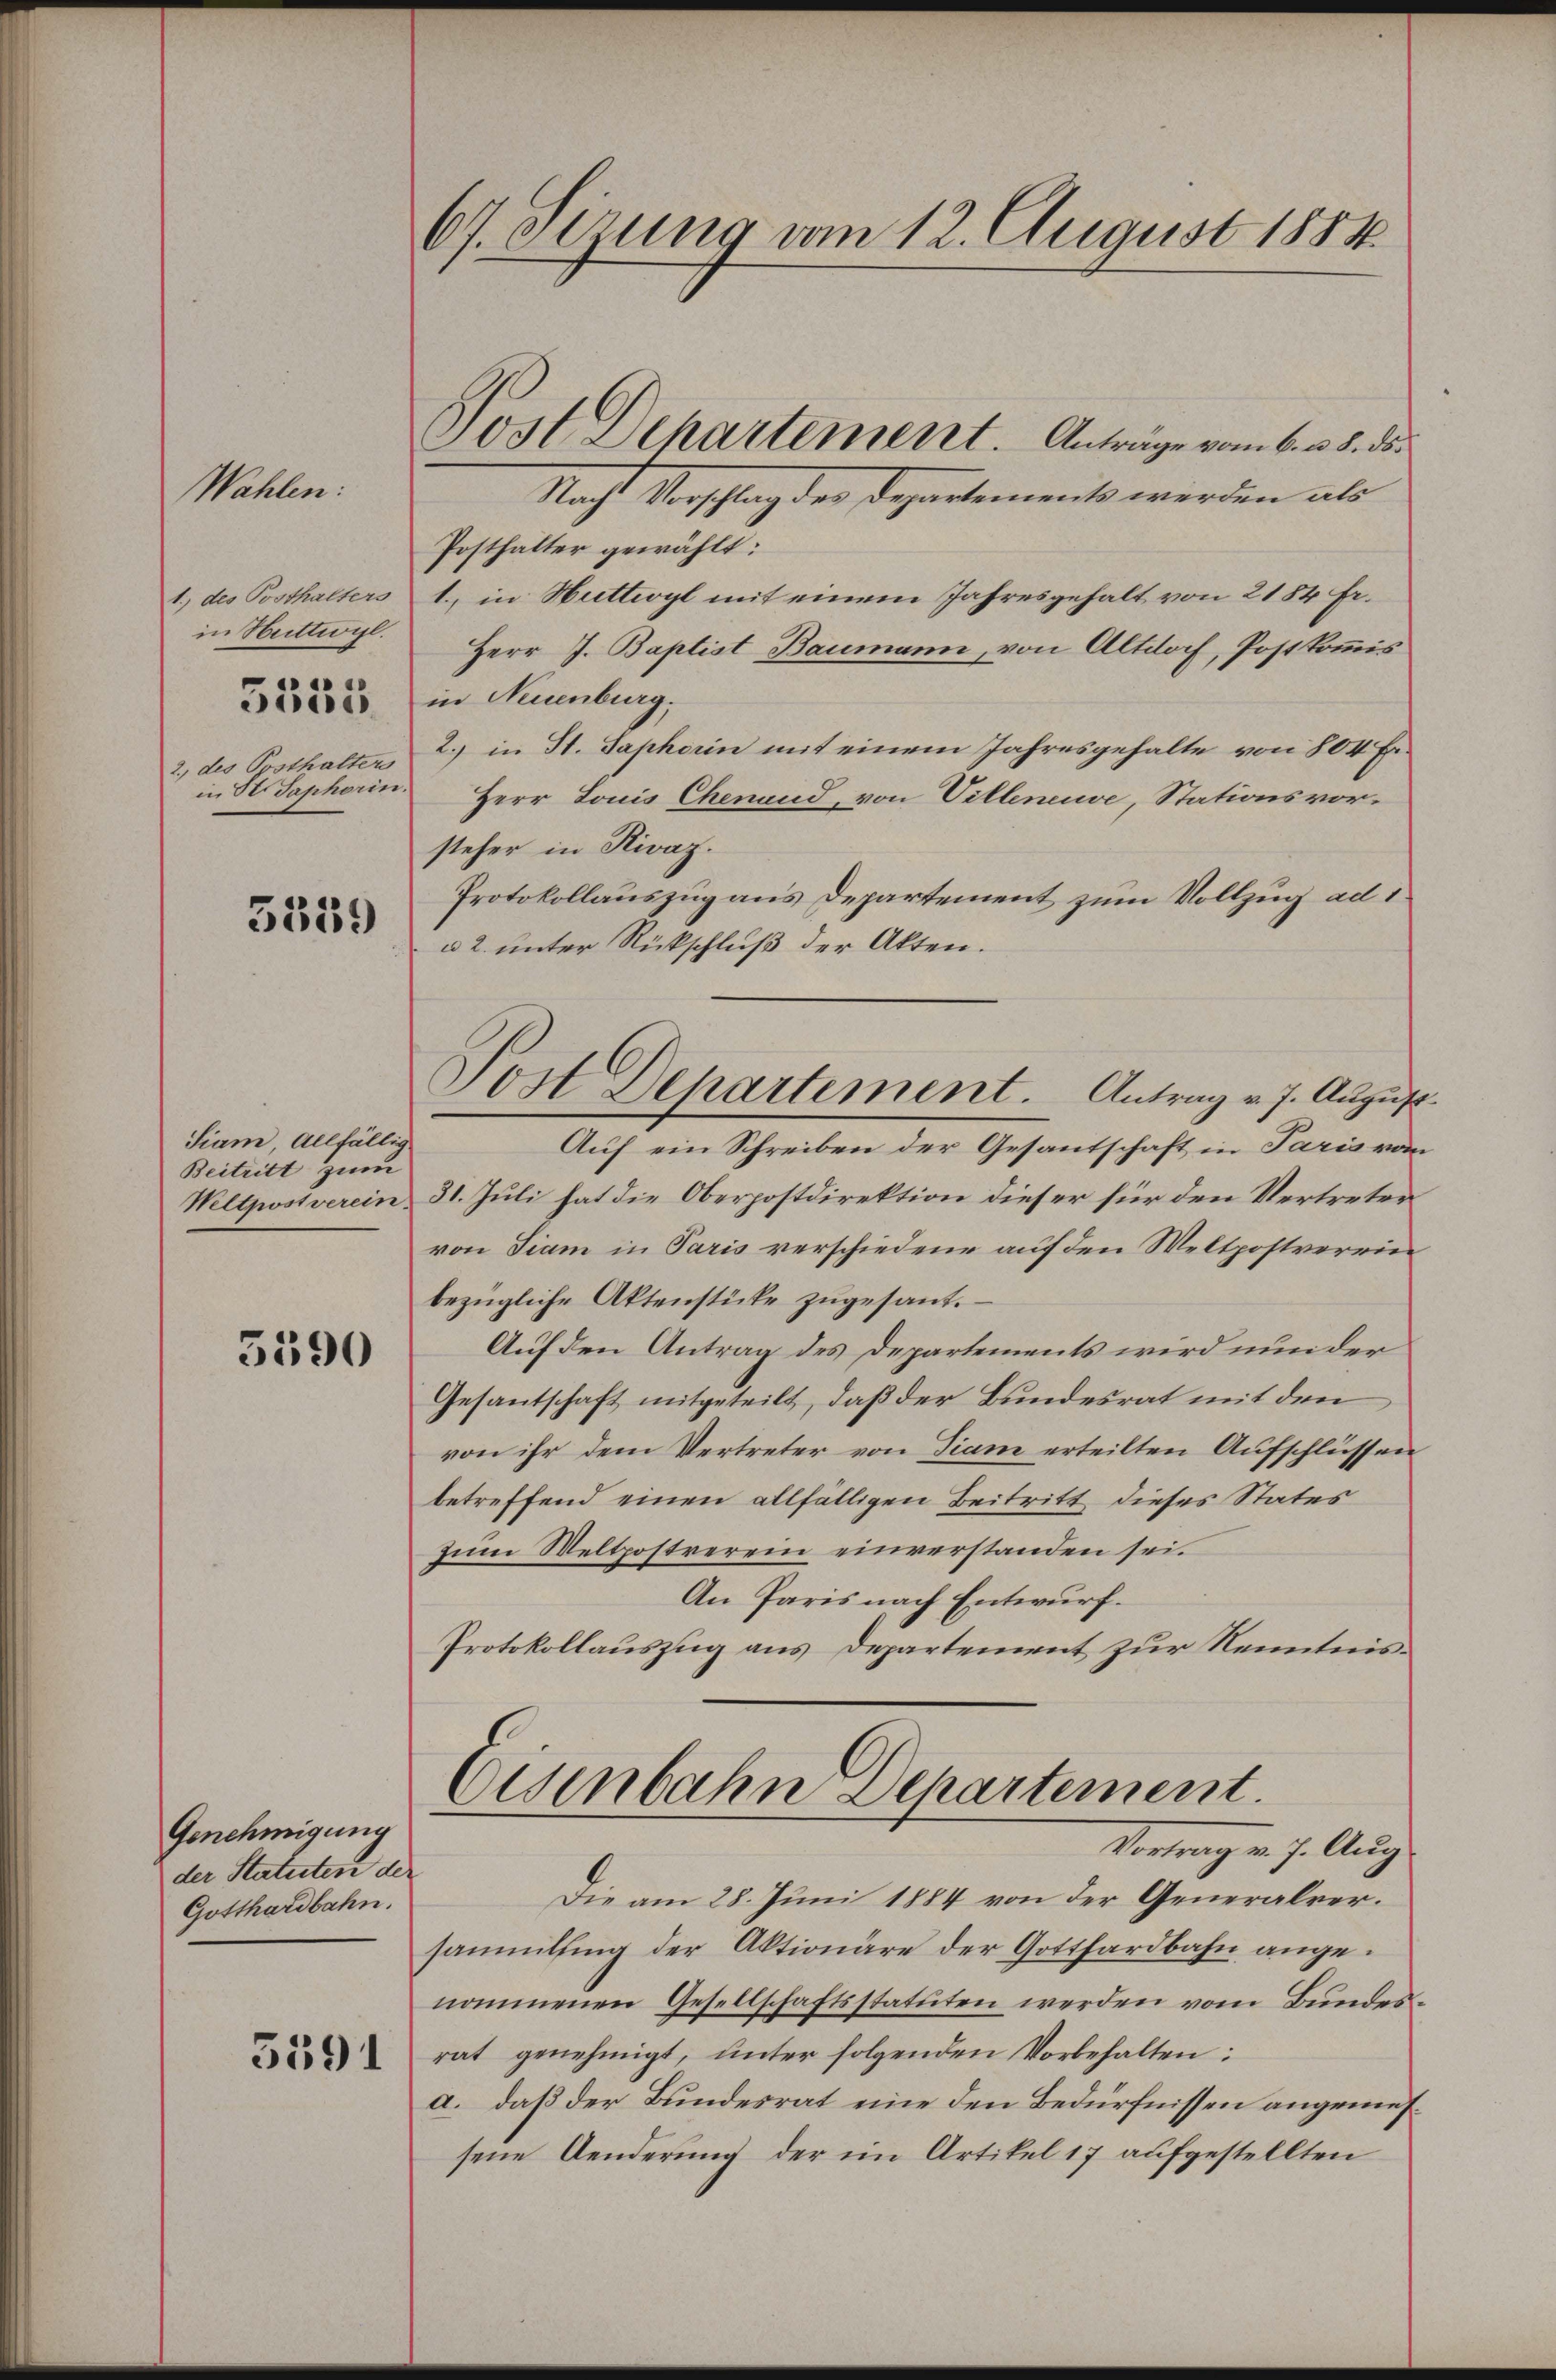
Wahlen:

1.) des Posthalters
in Huttwyl.
2., des Posthalter
in St. Saphorin.

5555.

5359

Siam, allfällig.
Beitritt zum
Weltpost verein.

5590

Genehmigung
der Statuten der
Gotthardbahn.

5591

67. Sizung vom 12. August 1884.

Post Dehartement. Anträge vom 6. v. 8. ds.
Nacht Vorschlag der Departements werden als

Posthalter gewählt:
1., in Huttwyl mit einem Jahresgehalt von 2184 Fr.
Herr J. Baptist Baumann, von Altdoch, Postkommis
in Neuenburg,
2.) in St. Saphorin mit einem Jahresgehalte von 804 Er¬
Herr Louis Chenand, von Villeneuve, Stationsvorsteher in Rivaz.
Protokollauszug aus Departement zum Vollzug ad 1
a 2. unter Rückschluß der Akten.
Auf ein Schreiben der Gesantschaft in Paris von
31. Juli hat die Oberpostdirektion dieser für den Vertreter
von Fiam in Paris verschiedene auf den Weltpostverein
bezügliche Aktenstücke zugesant.
Auf den Antrag des Departements wird nun der
Gesantschaft mitgeteilt, daß der Bundesrat mit den
von ihr dem Vertreter von diam erteilten Aufschlüssen
betreffend einen allfälligen Beitritt dieses States
zum Weltpostrerein einverstanden sei.
An Paris nach Entwurf.
Protokollauszug aus Departement zur Kenntnis¬

Post Departement. Antrag v. 7. Augus

Eisenbahn Separtement.
Vortrag v. J. Aug.

Die am 28. Juni 1884 von der Generalversammling der Aktionäre der Gotthardbahn angenommenen Gesellschaftsstatuten werden vom Bundesrat genehmigt, unter folgenden Vorbehalten:
a. daß der Bundesrat eine den Bedürfnissen angemessene Aenderung der im Artikel 17 aufgestellten